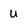
Character: u